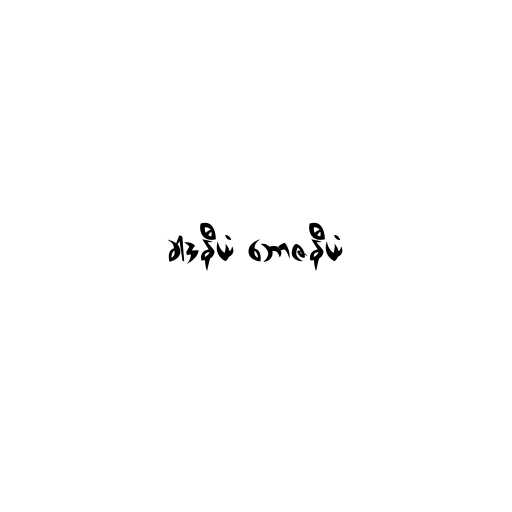
ခါဒနီယံ ဘောဇနီယံ